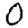
Digit: 0